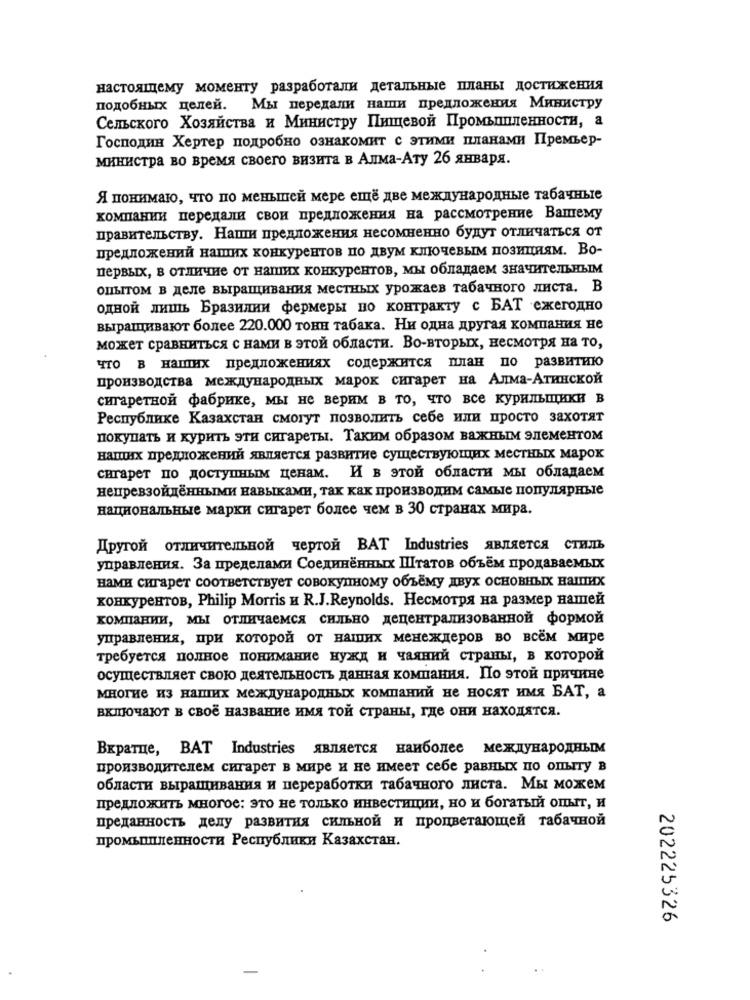
настоящему моменту разработали детальные планы достижения
подобных целей. Мы передали наши предложения Министру
Сельского Хозяйства и Министру Пищевой Промышленности, а
Господин Хертер подробно ознакомит с этими планами Премьер-
министра во время своего визита в Алма-Ату 26 января.
Я понимаю, что по меньшей мере ещё две международные табачные
компании передали свои предложения на рассмотрение Вашему
правительству. Наши предложения несомненно будут отличаться от
предложений наших конкурентов по двум ключевым позициям. Во-
первых, в отличие от наших конкурентов, мы обладаем значительным
опытом в деле выращивания местных урожаев табачного листа. В
одной лишь Бразилии фермеры по контракту с БАТ ежегодно
выращивают более 220.000 тонн табака. Ни одна другая компания не
может сравниться с нами в этой области. Во-вторых, несмотря на то,
что в наших предложениях содержится план по развитию
производства международных марок сигарет на Алма-Атинской
сигаретной фабрике, мы не верим в то, что все курильщики в
Республике Казахстан смогут позволить себе или просто захотят
покупать и курить эти сигареты. Таким образом важным элементом
наших предложений является развитие существующих местных марок
сигарет по доступным ценам. И в этой области мы обладаем
непревзойдёнными навыками, так как производим самые популярные
национальные марки сигарет более чем в 30 странах мира.
Другой отличительной чертой BAT Industries является стиль
управления. За пределами Соединённых Штатов объём продаваемых
нами сигарет соответствует совокупному объёму двух основных наших
конкурентов, Philip Morris и R.J.Reynolds. Несмотря на размер нашей
компании, мы отличаемся сильно децентрализованной формой
управления, при которой от наших менеждеров во всём мире
требуется полное понимание нужд и чаяний страны, в которой
осуществляет свою деятельность данная компания. По этой причине
многие из наших международных компаний не носят имя БАТ, а
включают в своё название имя той страны, где они находятся.
Вкратце, BAT Industries является наиболее международным
производителем сигарет в мире и не имеет себе равных по опыту в
области выращивания и переработки табачного листа. Мы можем
предложить многое: это не только инвестиции, но и богатый опыт, и
преданность делу развития сильной и процветающей табачной
промышленности Республики Казахстан.
202225326